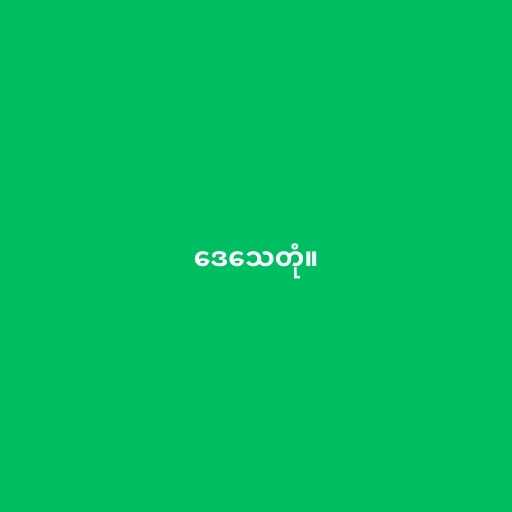
ဒေသေတုံ။